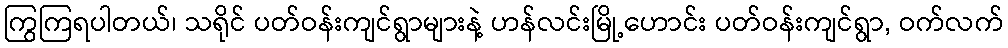
ကြွကြရပါတယ်၊ သရိုင် ပတ်ဝန်းကျင်ရွာများနဲ့ ဟန်လင်းမြို့ဟောင်း ပတ်ဝန်းကျင်ရွာ, ဝက်လက်